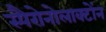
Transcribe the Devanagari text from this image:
स्पैरोनोलाक्टोंन